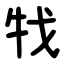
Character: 牫